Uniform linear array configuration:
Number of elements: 4
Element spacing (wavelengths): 0.25
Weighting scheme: kaiser
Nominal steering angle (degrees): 30
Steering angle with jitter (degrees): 28.295
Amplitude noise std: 0.05
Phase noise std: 0.05

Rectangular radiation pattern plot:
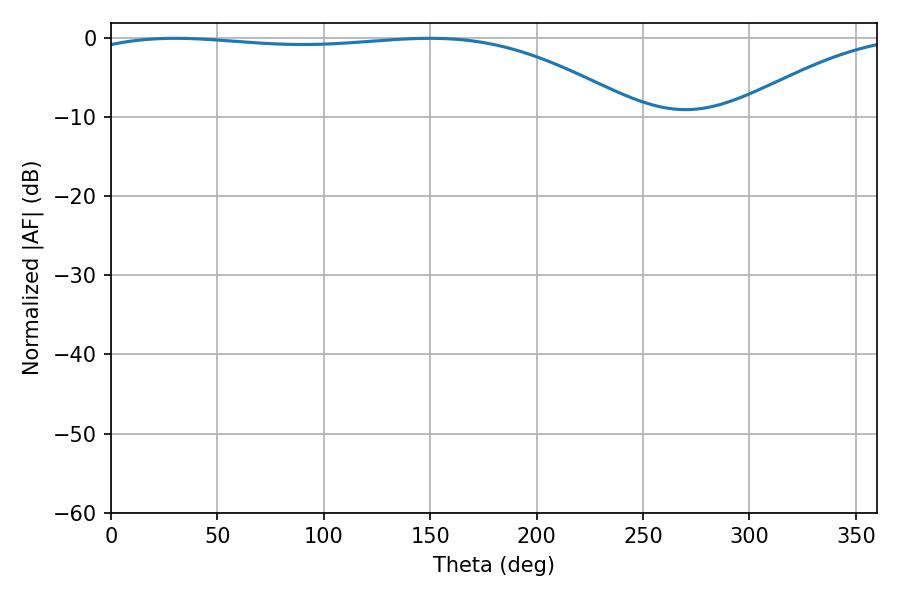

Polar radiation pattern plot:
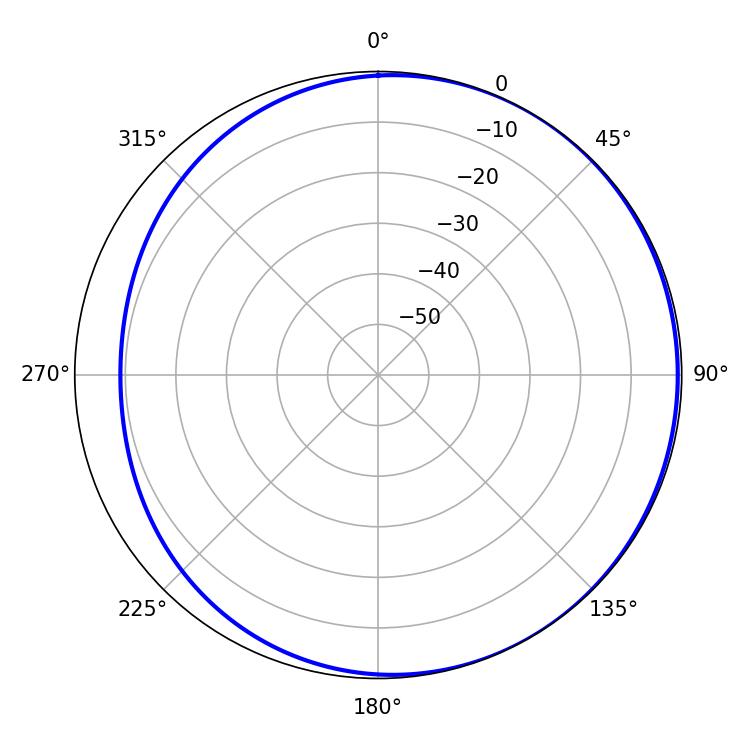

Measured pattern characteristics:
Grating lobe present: FALSE
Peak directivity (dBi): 1.874
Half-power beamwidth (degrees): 206.46
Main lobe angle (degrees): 30.06